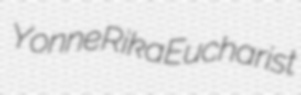
Yonne Rika Eucharist